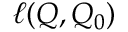
\ell ( Q , Q _ { 0 } )